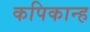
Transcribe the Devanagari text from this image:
कपिकान्ह